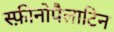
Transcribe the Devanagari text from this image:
स्फ़ीनोपैलाटिन